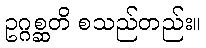
ဥဂ္ဂစ္ဆတိ စသည်တည်း။